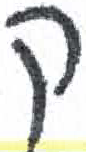
אות: ק